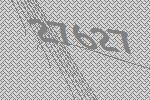
27627